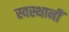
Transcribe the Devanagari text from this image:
स्वस्थानीं